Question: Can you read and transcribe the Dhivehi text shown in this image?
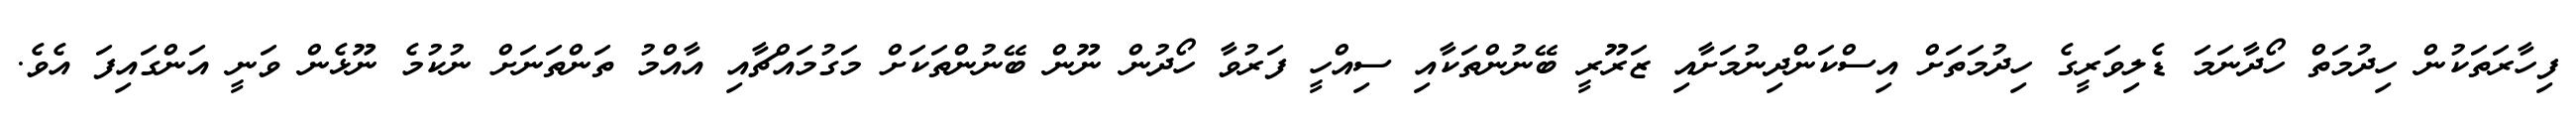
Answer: ފިހާރަތަކުން ހިދުމަތް ހޯދާނަމަ ޑެލިވަރީގެ ހިދުމަތަށް އިސްކަންދިނުމަށާއި ޒަރޫރީ ބޭނުންތަކާއި ސިއްހީ ފަރުވާ ހޯދުން ނޫން ބޭނުންތަކަށް މަގުމައްޗާއި އާއްމު ތަންތަނަށް ނުކުމެ ނޫޅެން ވަނީ އަންގައިފަ އެވެ.